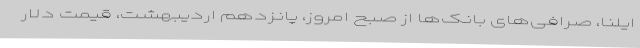
ایلنا، صرافی‌های بانک‌ها از صبح امروز، پانزدهم اردیبهشت، قیمت دلار